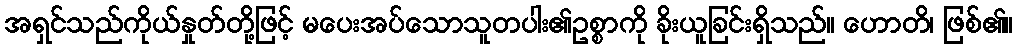
အရှင်သည်ကိုယ်နှုတ်တို့ဖြင့် မပေးအပ်သောသူတပါး၏ဥစ္စာကို ခိုးယူခြင်းရှိသည်။ ဟောတိ၊ ဖြစ်၏။